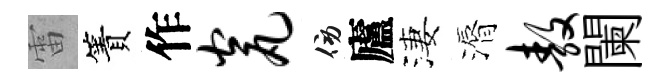
雷簀作瓮傍廬淒漘敖闌